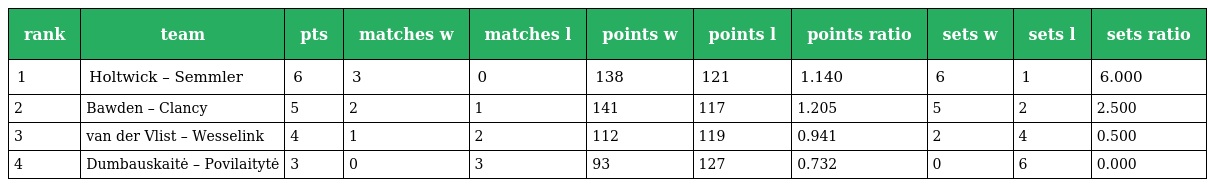
| rank | team | pts | matches w | matches l | points w | points l | points ratio | sets w | sets l | sets ratio |
 | --- | --- | --- | --- | --- | --- | --- | --- | --- | --- | --- |
 | 1 | Holtwick – Semmler | 6 | 3 | 0 | 138 | 121 | 1.140 | 6 | 1 | 6.000 |
 | 2 | Bawden – Clancy | 5 | 2 | 1 | 141 | 117 | 1.205 | 5 | 2 | 2.500 |
 | 3 | van der Vlist – Wesselink | 4 | 1 | 2 | 112 | 119 | 0.941 | 2 | 4 | 0.500 |
 | 4 | Dumbauskaitė – Povilaitytė | 3 | 0 | 3 | 93 | 127 | 0.732 | 0 | 6 | 0.000 |